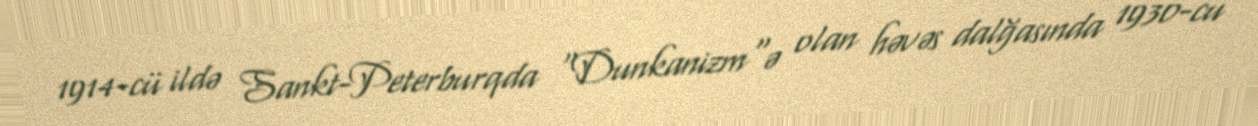
1914-cü ildə Sankt-Peterburqda "Dunkanizm"ə olan həvəs dalğasında 1930-cu